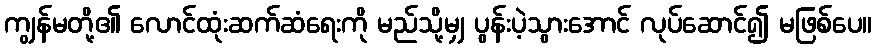
ကျွန်မတို့၏ လောင်ထုံးဆက်ဆံရေးကို မည်သို့မျှ ပွန်းပဲ့သွားအောင် လုပ်ဆောင်၍ မဖြစ်ပေ။